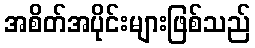
အစိတ်အပိုင်းများဖြစ်သည်